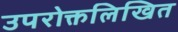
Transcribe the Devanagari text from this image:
उपरोक्तलिखित